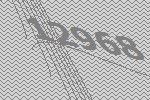
12968